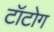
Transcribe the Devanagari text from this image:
टॉटोग